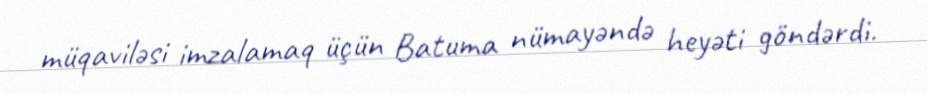
müqaviləsi imzalamaq üçün Batuma nümayəndə heyəti göndərdi.